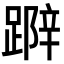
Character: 𨃛